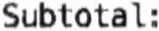
SUBTOTAL: